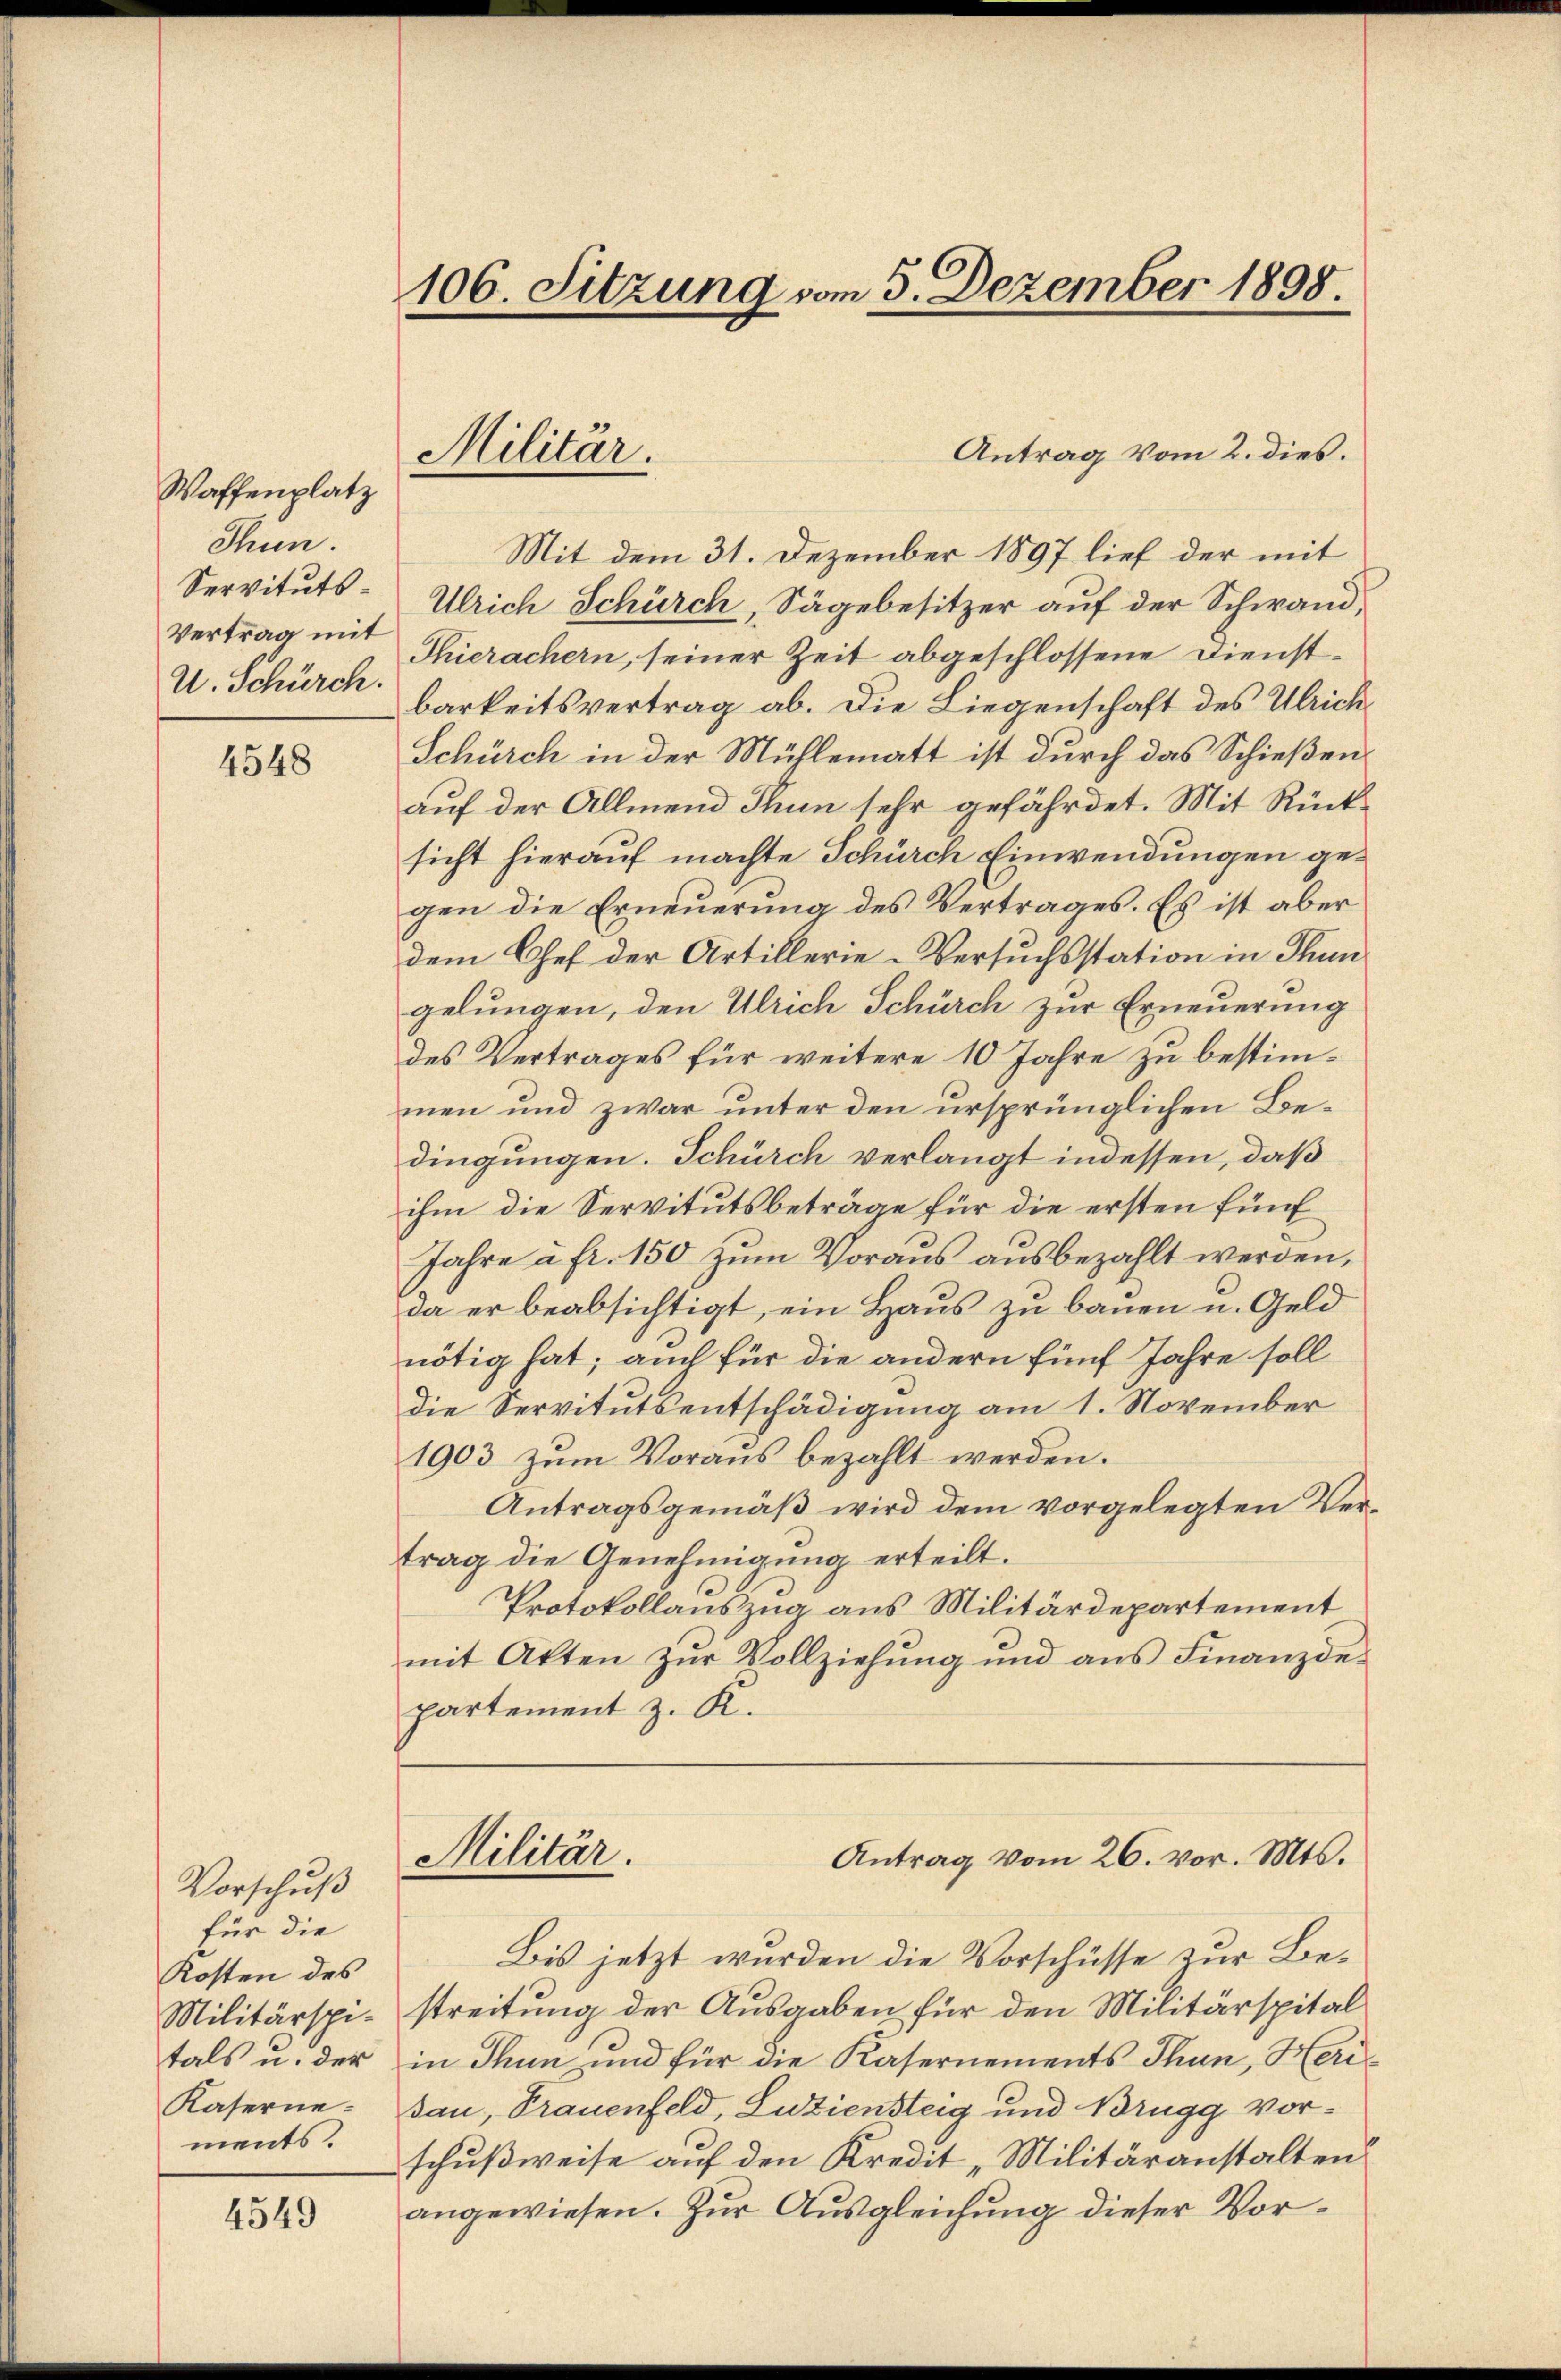
Waffenplatz
Thun.
Servituts¬
Vertrag mit
U. Schürch.

4548

Vorschuß
für die
Kosten des
Militärspitals u. der
Kaserne
ments.

4549

106. Sitzung vom 5. Dezember 1898

Militär.

Antrag vom 2. dies.
Mit dem 31. Dezember 1897 lief der mit
Ulrich Schürch, Sägebesitzer auf der Schwand,
Thierachern, seiner Zeit abgeschlossene Dienstbarkeitsvertrag ab. Die Liegenschaft des Ulrich¬
Schürch in der Mühlematt ist durch das Schießen
auf der Allmend Thun sehr gefährdet. Mit Rücksicht hierauf machte Schürch Einwendungen gegen die Erneuerung des Vertrages. Es ist aber
dem Chef der Artillerie-Versuchsstation in Thun
gelungen, den Ulrich Schürch zur Erneuerung
des Vertrages für weitere 10 Jahre zu bestimmen und zwar unter den ursprünglichen Bedingungen. Schürch verlangt indessen, daß
ihm die Servitutsbeträge für die ersten fünf¬
Jahre a fr. 150 zum Voraus ausbezahlt werden,
da er beabsichtigt, ein Haus zu bauen u. Geld
nötig hat; auch für die andern fünf Jahre soll
die Servitutsentschädigung am 1. November
1903 zum Voraus bezahlt werden.
Antragsgemäß wird dem vorgelegten Vertrag die Genehmigung erteilt.
Protokollauszug aus Militärdepartement
mit Akten zŭr Vollziehŭng und ans Finanzde-
partement z. K.
Antrag vom 26. vor. Mts.
Militär.
Bis jetzt wurden die Vorschüsse zur Bestreitung der Ausgaben für den Militärspital
in Thun und für die Kasernements Thun, Herisau, Trauenfeld, Luziensteig und Brugg vorschußweise auf den Kredit „Militäranstalten
angewiesen. Zur Ausgleichung dieser Vor¬